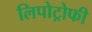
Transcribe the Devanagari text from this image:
लिपोट्रोफी